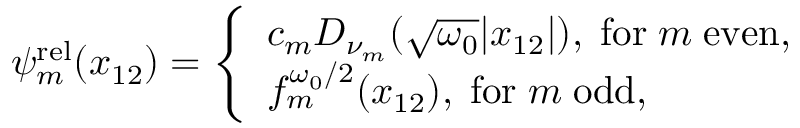
\begin{array} { r } { \psi _ { m } ^ { \mathrm { r e l } } ( x _ { 1 2 } ) = \left\{ \begin{array} { l l } { c _ { m } D _ { \nu _ { m } } ( \sqrt { \omega _ { 0 } } | x _ { 1 2 } | ) , \; \mathrm { f o r } \; m \; \mathrm { e v e n } , } \\ { f _ { m } ^ { \omega _ { 0 } / 2 } ( x _ { 1 2 } ) , \; \mathrm { f o r } \; m \; \mathrm { o d d } , } \end{array} \right. } \end{array}